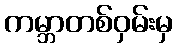
ကမ္ဘာတစ်ဝှမ်းမှ